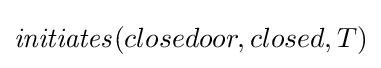
{\mathit {initiates}}(closedoor,closed,T)